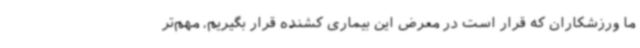
ما ورزشکاران که قرار است در معرض این بیماری کشنده قرار بگیریم، مهم‌تر